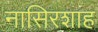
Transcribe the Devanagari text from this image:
नासिरशाह